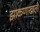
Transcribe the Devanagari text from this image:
झाकणाखाली